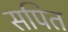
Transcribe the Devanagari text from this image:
सपित